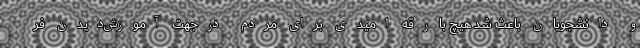
و دانشجویان باعث شد هیچ بارقه امیدی برای مردم درجهت آموزش‌دیدن فر